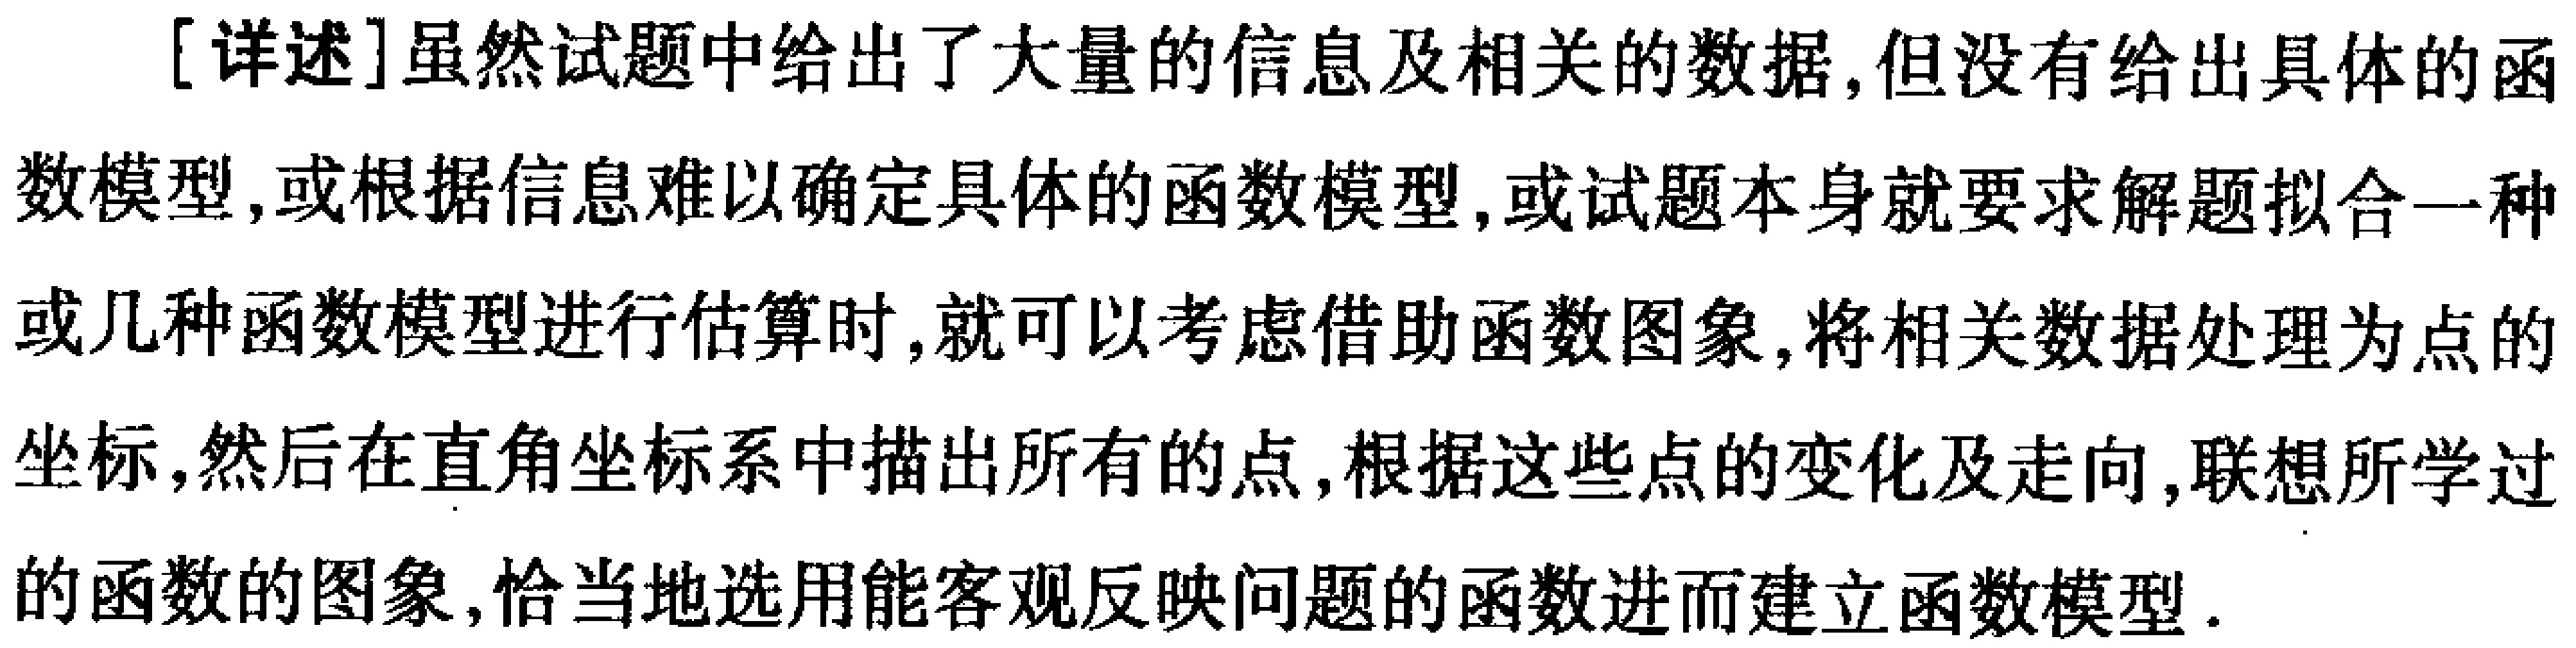
[详述]虽然试题中给出了大量的信息及相关的数据,但没有给出具体的函数模型,或根据信息难以确定具体的函数模型,或试题本身就要求解题拟合一种或几种函数模型进行估算时,就可以考虑借助函数图象,将相关数据处理为点的坐标,然后在直角坐标系中描出所有的点,根据这些点的变化及走向,联想所学过的函数的图象,恰当地选用能客观反映问题的函数进而建立函数模型.